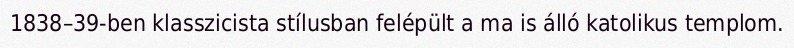
1838–39-ben klasszicista stílusban felépült a ma is álló katolikus templom.